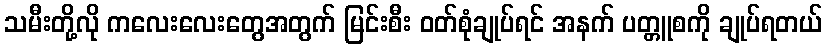
သမီးတို့လို ကလေးလေးတွေအတွက် မြင်းစီး ဝတ်စုံချုပ်ရင် အနက် ပတ္တူစကို ချုပ်ရတယ်